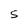
Character: 5